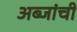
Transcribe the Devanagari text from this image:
अब्जांची